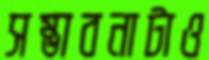
সম্ভাবনাটাও